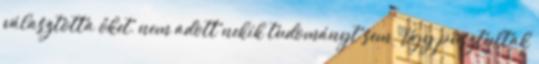
választotta őket, nem adott nekik tudományt sem. Úgy pusztultak